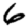
Digit: 6